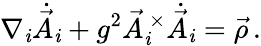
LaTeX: \nabla_{\mathit{i}}\dot{{\vec{{A}}}}_{\mathit{i}}+g^{2}{\vec{{A}}}_{\mathit{i}}^{\ \times}\dot{{\vec{{A}}}}_{\mathit{i}}=\vec{{\rho}}\, .